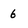
Character: 6